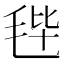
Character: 𣭤